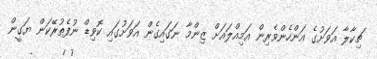
ޗިކާލާ އަވަށުގެ އަންހެންވެރިން އަމިއްލައަށް ޒިންމާ ނަގައިގެން އަވަށުގައި ކޮވިޑް ނުފެތުރޭކަން ޔަގީން